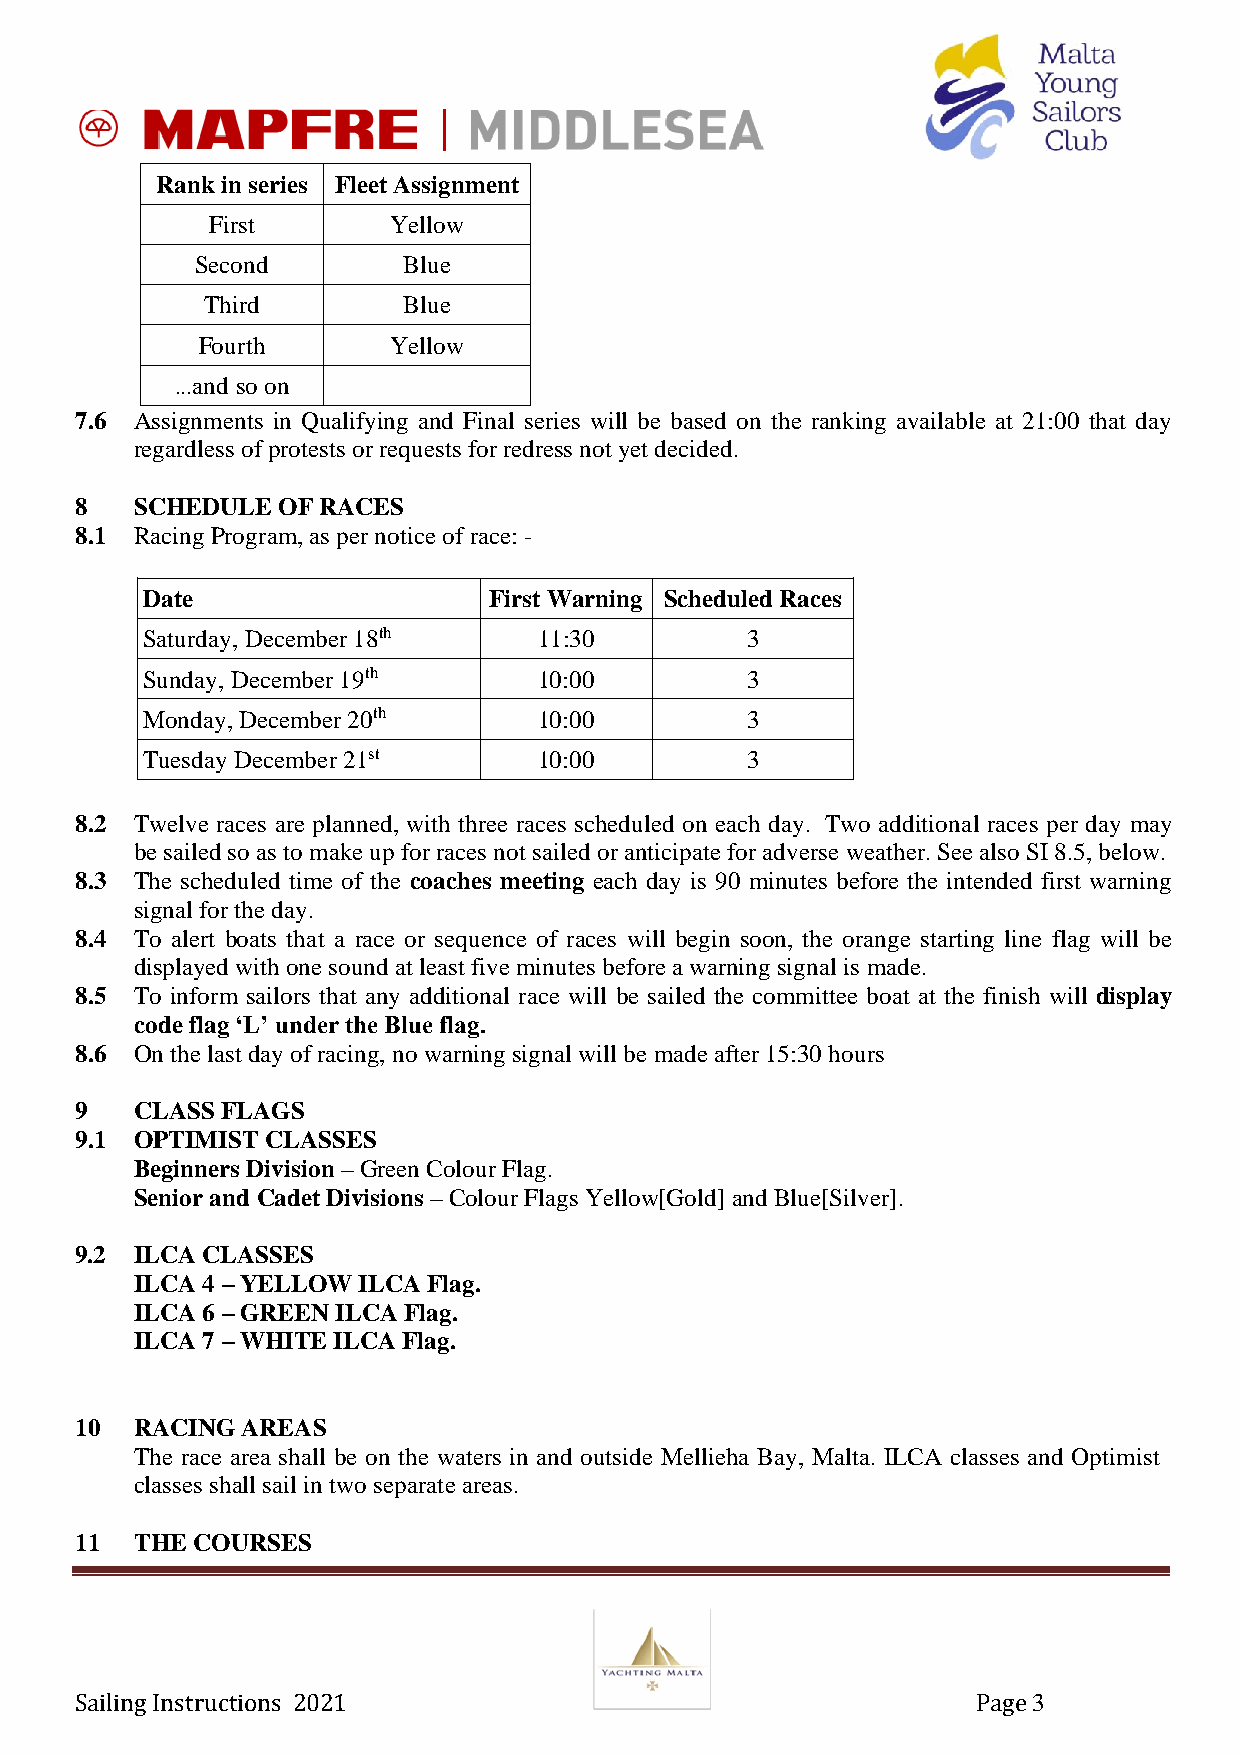
Rank in series Fleet Assignment
 First       Yellow
 Second        Blue
 Third        Blue
 Fourth       Yellow
 ...and so on
 7.6 Assignments in Qualifying and Final series will be based on the ranking available at 21:00 that day
 regardless of protests or requests for redress not yet decided.
 8   SCHEDULE OF RACES
 8.1 Racing Program, as per notice of race: -
 Date                   First Warning Scheduled Races
 Saturday, December 18th    11:30        3
 Sunday, December 19th      10:00        3
 Monday, December 20th      10:00        3
 Tuesday December 21st      10:00        3
 8.2 Twelve races are planned, with three races scheduled on each day. Two additional races per day may
 be sailed so as to make up for races not sailed or anticipate for adverse weather. See also SI 8.5, below.
 8.3 The scheduled time of the coaches meeting each day is 90 minutes before the intended first warning
 signal for the day.
 8.4 To alert boats that a race or sequence of races will begin soon, the orange starting line flag will be
 displayed with one sound at least five minutes before a warning signal is made.
 8.5 To inform sailors that any additional race will be sailed the committee boat at the finish will display
 code flag ‘L’ under the Blue flag.
 8.6 On the last day of racing, no warning signal will be made after 15:30 hours
 9   CLASS FLAGS
 9.1 OPTIMIST CLASSES
 Beginners Division – Green Colour Flag.
 Senior and Cadet Divisions – Colour Flags Yellow[Gold] and Blue[Silver].
 9.2 ILCA CLASSES
 ILCA 4 – YELLOW ILCA Flag.
 ILCA 6 – GREEN ILCA Flag.
 ILCA 7 – WHITE ILCA Flag.
 10  RACING AREAS
 The race area shall be on the waters in and outside Mellieha Bay, Malta. ILCA classes and Optimist
 classes shall sail in two separate areas.
 11  THE COURSES
 Sailing Instructions 2021                                   Page 3